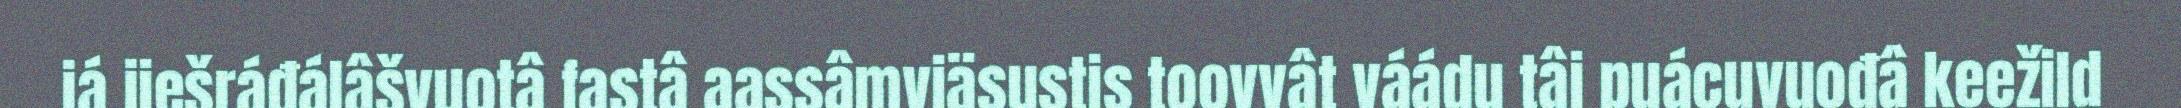
já jiešráđálâšvuotâ fastâ aassâmviäsustis toovvât váádu tâi puácuvuođâ keežild